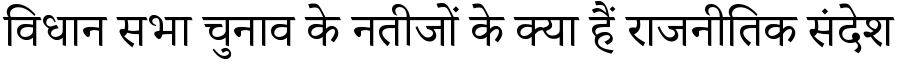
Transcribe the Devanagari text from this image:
विधान सभा चुनाव के नतीजों के क्या हैं राजनीतिक संदेश